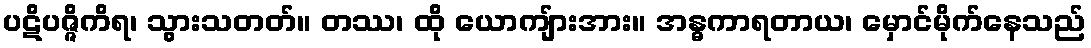
ပဋိပဇ္ဇိကိရ၊ သွားသတတ်။ တဿ၊ ထို ယောကျ်ားအား။ အန္ဓကာရတာယ၊ မှောင်မိုက်နေသည်